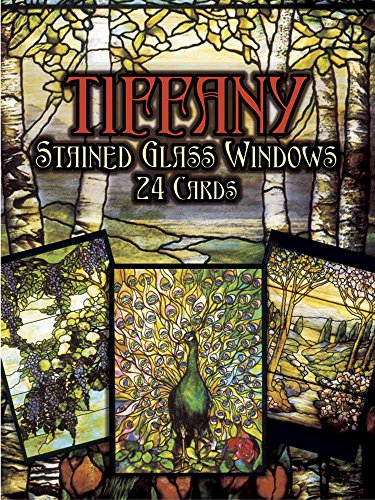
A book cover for Tiffany Stained Glass Windows: in Full-Color (Post) Cards: 24 Cards (Dover Postcards); Humor & Entertainment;